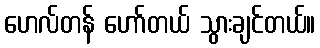
ဟေလ်တန် ဟော်တယ် သွားချင်တယ်။